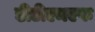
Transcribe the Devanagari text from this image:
डीटीएमएफ